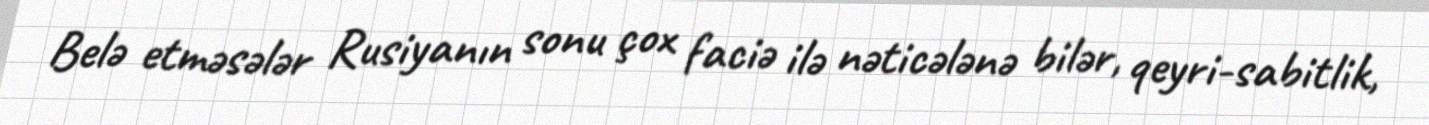
Belə etməsələr Rusiyanın sonu çox faciə ilə nəticələnə bilər, qeyri-sabitlik,